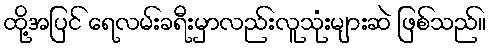
ထို့အပြင် ရေလမ်းခရီးမှာလည်းလူသုံးများဆဲ ဖြစ်သည်။